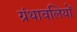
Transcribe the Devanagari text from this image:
ग्रंथावलियों